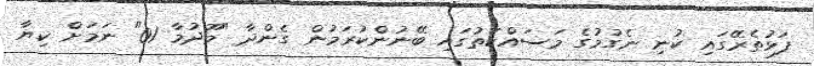
ފަޅުތެރޭގައި ކުނި ނެގުމުގެ މަސައްކަތުގައި ބޭނުންކުރަމުން ގެންދާ "މޫދުމާ 01" ނަމަށް ކިޔާ